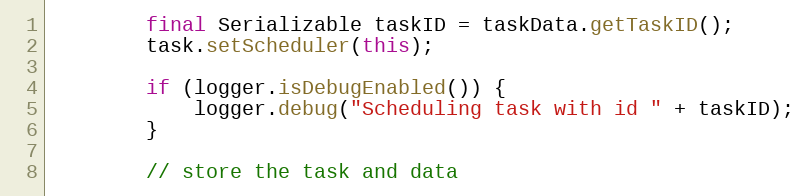
Language: Java
		final Serializable taskID = taskData.getTaskID();
		task.setScheduler(this);

		if (logger.isDebugEnabled()) {
			logger.debug("Scheduling task with id " + taskID);
		}

		// store the task and data